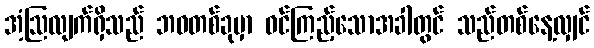
အံ့ဩလျက်ရှိသည် ဘဝတစ်ခုမှာ ဝင်ကြည့်သောအခါတွင် သည်တစ်နေ့လျှင်